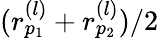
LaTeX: (r_{p_{1}}^{(l)}+r_{p_{2}}^{(l)})/2